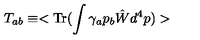
T _ { a b } \equiv < \mathrm { T r } ( \int \gamma _ { a } p _ { b } \hat { W } d ^ { 4 } p ) >